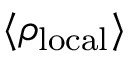
\langle \rho _ { \mathrm { l o c a l } } \rangle